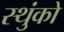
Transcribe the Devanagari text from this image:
स्थुंको